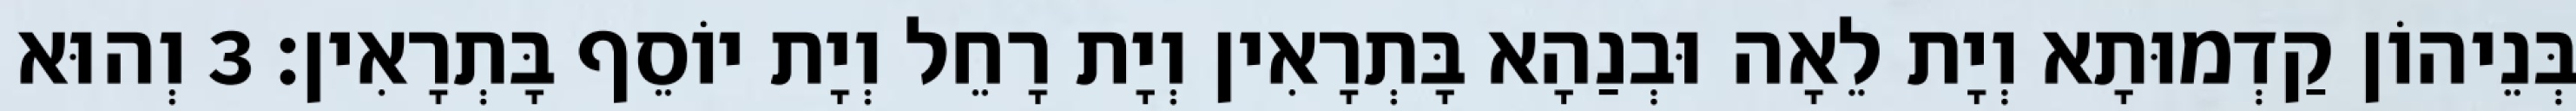
בְּנֵיהוֹן קַדְמוּתָא וְיָת לֵאָה וּבְנַהָא בָּתְרָאִין וְיָת רָחֵל וְיָת יוֹסֵף בָּתְרָאִין׃ 3 וְהוּא